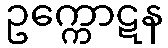
ဥက္ကောဋန